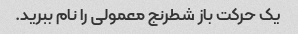
یک حرکت باز شطرنج معمولی را نام ببرید.